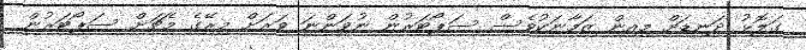
ގަލޮޅު ދަނޑަށް މިއިން ޒަމާނަކުވެސް ސަޕޯޓަރުން ނުވަންނަ ވަރަށް މިރޭގެ މެޗަށް ސަޕޯޓަރުން